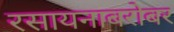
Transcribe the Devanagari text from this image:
रसायनाबरोबर